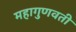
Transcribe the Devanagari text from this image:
महागुणवती